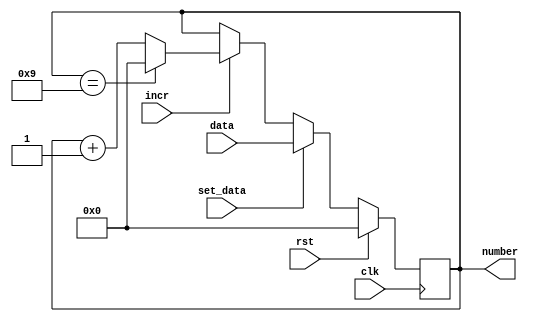
module counter
#(
    parameter   MODULUS = 10,
    parameter   NBITS   = $clog2(MODULUS)
)
(
    input   wire                clk,
    input   wire                rst,
    input   wire                incr,
    input   wire                set_data,
    input   wire    [NBITS-1:0] data,
    output  reg     [NBITS-1:0] number
);

always @(posedge clk)
begin
    if (rst)
        number <= {NBITS{1'd0}};

    else if (set_data)
        number <= data;

    else if (incr)
        number <= (number == (MODULUS - 1)) ? {NBITS{1'd0}} : number + 1'd1;
end

endmodule